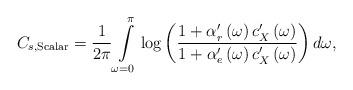
LaTeX: \begin{align*}C_{s,{\rm Scalar}} = \frac{1}{2\pi}\int\limits_{\omega = 0}^{\pi} \log \left(\frac{ 1 + \alpha_r'\left(\omega\right) c_X'\left(\omega\right)}{ 1 + \alpha_e'\left(\omega\right) c_X'\left(\omega\right)}\right)d\omega,\end{align*}